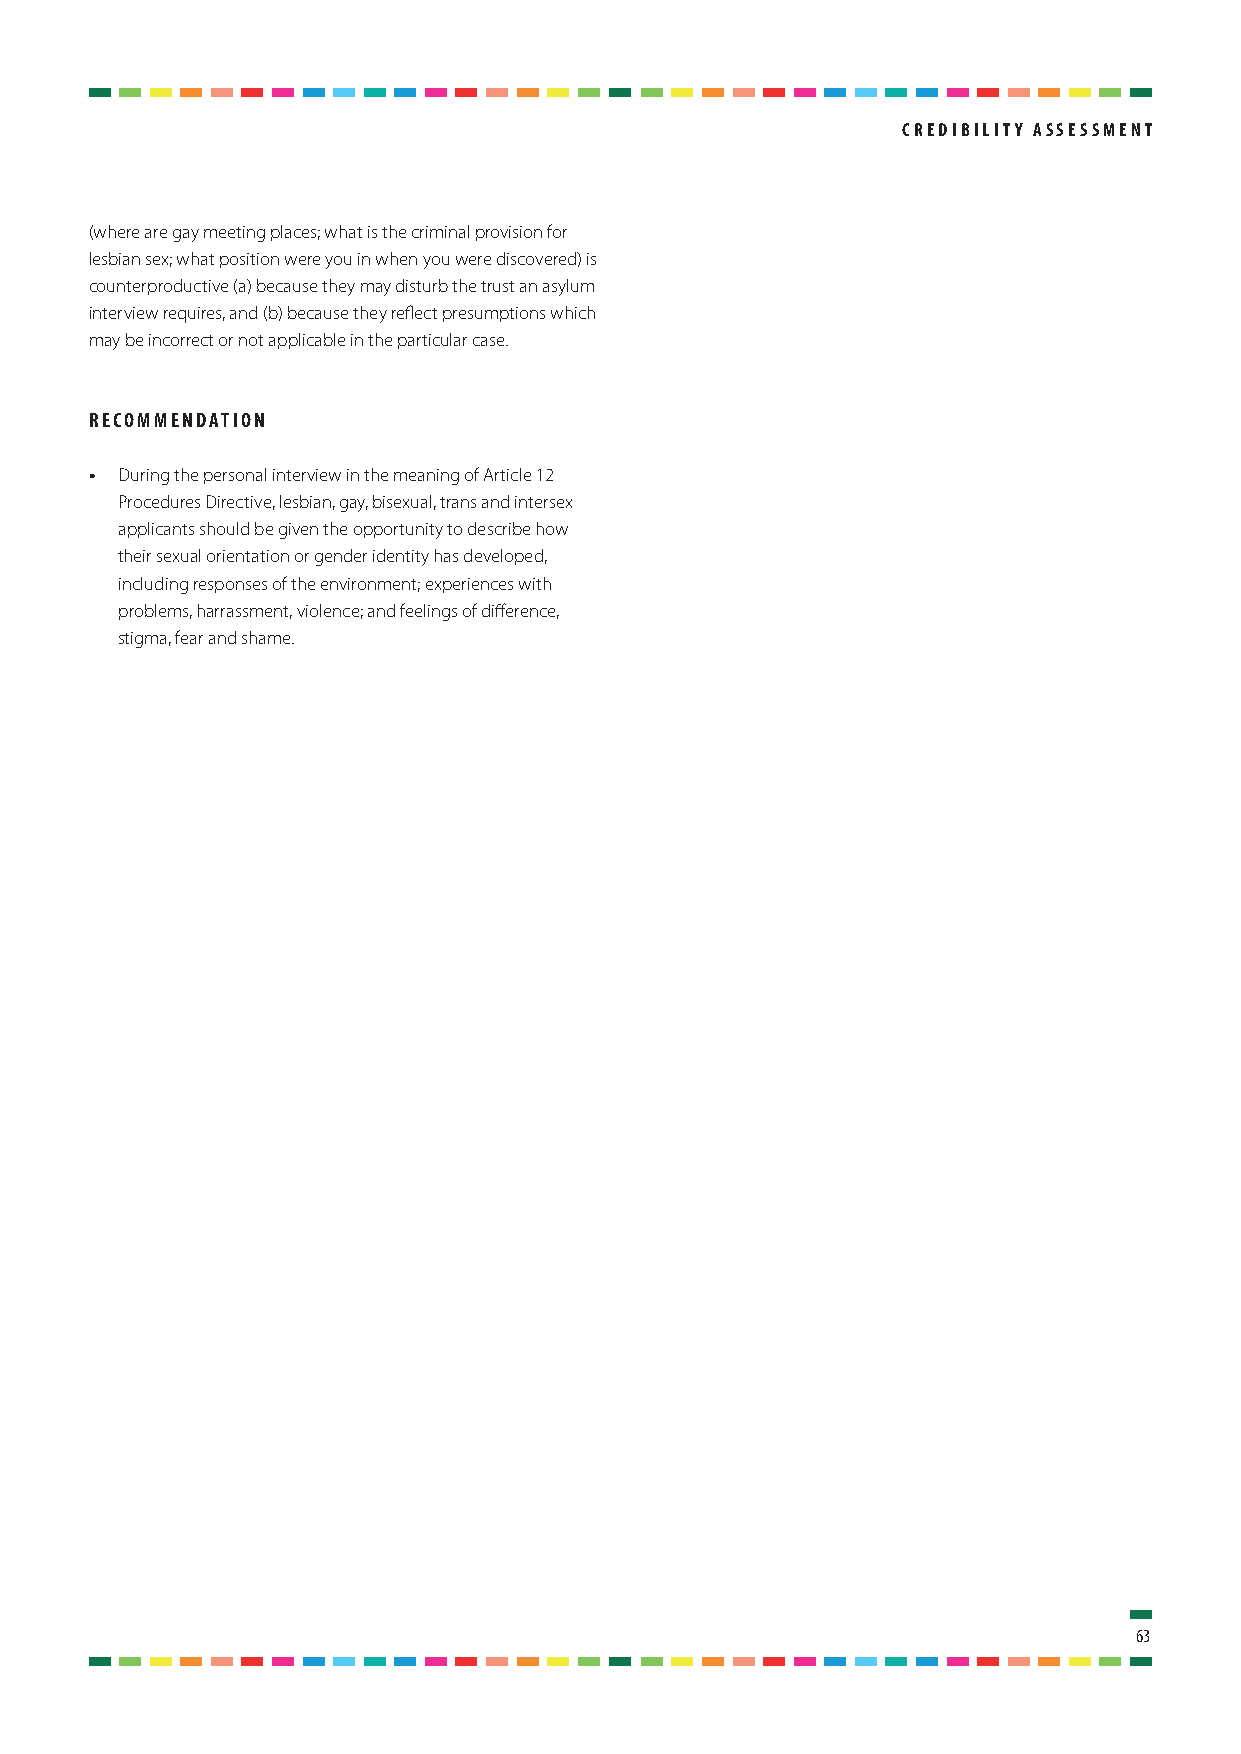
crEdiBility aSSESSmEnt
 (where are gay meeting places; what is the criminal provision for
 lesbian sex; what position were you in when you were discovered) is
 counterproductive (a) because they may disturb the trust an asylum
 interview requires, and (b) because they reflect presumptions which
 may be incorrect or not applicable in the particular case.
 rEcommEndation
 • During the personal interview in the meaning of Article 12
 Procedures Directive, lesbian, gay, bisexual, trans and intersex
 applicants should be given the opportunity to describe how
 their sexual orientation or gender identity has developed,
 including responses of the environment; experiences with
 problems, harrassment, violence; and feelings of difference,
 stigma, fear and shame.
 63